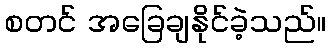
စတင် အခြေချနိုင်ခဲ့သည်။